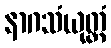
နာဂသံယုတ္တံ